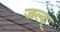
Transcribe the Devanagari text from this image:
जल्द्